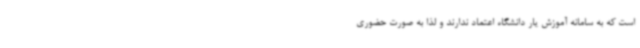
است که به سامانه آموزش یار دانشگاه اعتماد ندارند و لذا به صورت حضوری